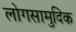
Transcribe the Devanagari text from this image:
लोगसामुदिक